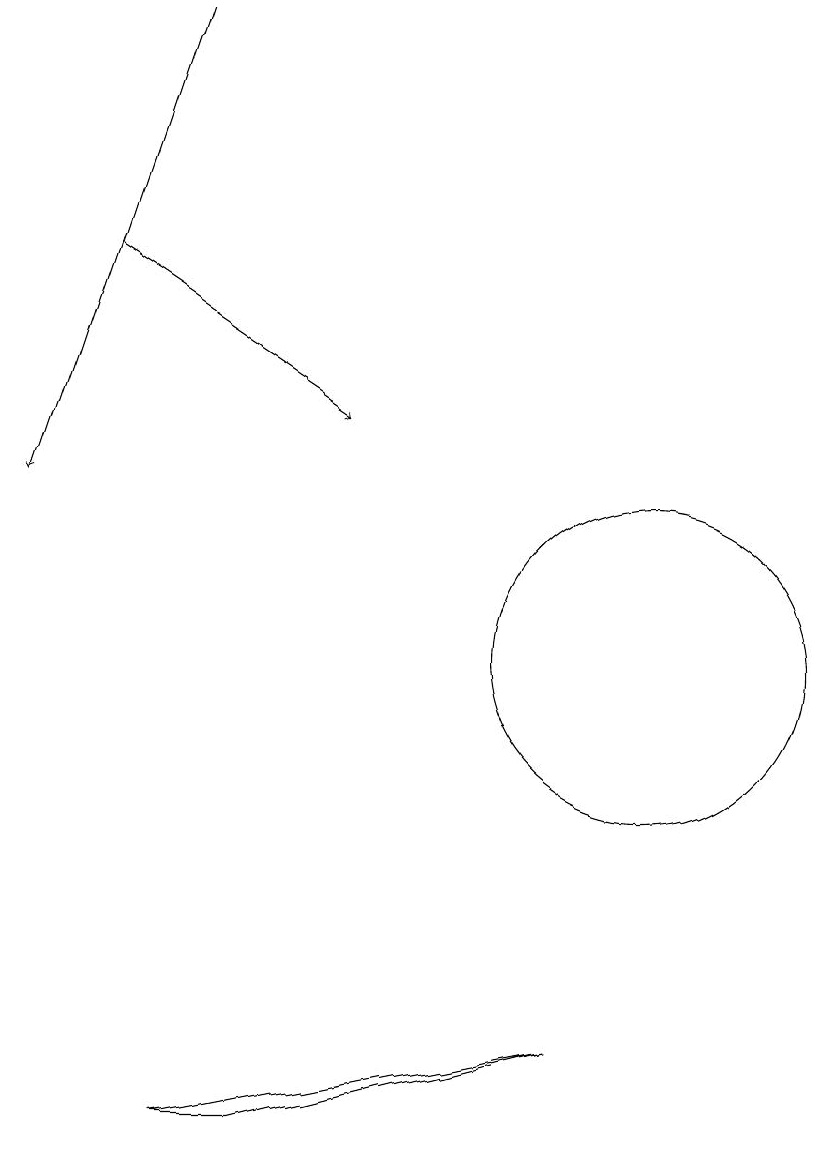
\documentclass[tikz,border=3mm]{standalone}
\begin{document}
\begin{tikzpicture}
\draw (10,11) circle (2);
\draw[->] (3,16) -- (6,14);
\draw (4,5) -- (9,6) -- (5,5) -- cycle;
\draw[->] (4,19) -- (2,13);
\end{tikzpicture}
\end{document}